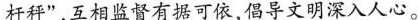
杆秤”，互相监督有据可依，倡导文明深入人心